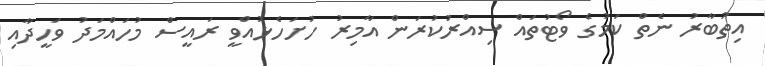
އިތުބާރު ނެތް ކަމުގެ ވޯޓުތައް ސިއްރުކުރަން އާމިރު ހުށަހެޅުއްވީ ރައީސް މުހައްމަދު ވަހީދާއި